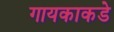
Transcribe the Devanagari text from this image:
गायकाकडे